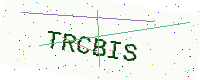
Text: TRCBIS